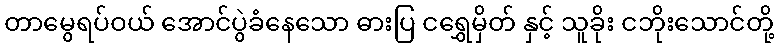
တာမွေရပ်ဝယ် အောင်ပွဲခံနေသော ဓားပြ ငရွှေမှိတ် နှင့် သူခိုး ငဘိုးသောင်တို့